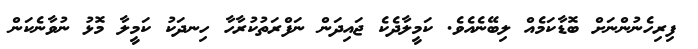
ފިރިހެނުންނަށް ބޮޑާކަމެއް ލިބޭނެއެވެ. ކަމީލާދެކެ ޖައިދަން ނަފްރަތުކުރާހާ ހިނދަކު ކަމީލާ މޮޅު ނުވާނެކަން